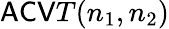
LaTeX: \mathsf{ACV}T(n_{1},n_{2})